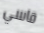
قاسي